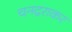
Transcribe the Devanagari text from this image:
चनद्रराकर